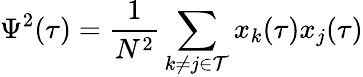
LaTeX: \Psi^{2}(\tau)=\frac{1}{N^{2}}\sum_{k\neq j\in\mathcal{T}}x_{k}(\tau)x_{j}(\tau)